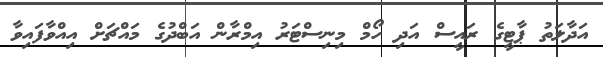
އަދާލަތު ޕާޓީގެ ރައީސް އަދި ހޯމް މިނިސްޓަރު އިމްރާން އަބްދުގެ މައްޗަށް އިއްވާފައިވާ